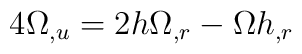
4\Omega_{,u}=2h\Omega_{,r}-\Omega h_{,r}